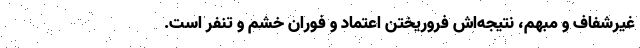
غیرشفاف و مبهم، نتیجه‌اش فروریختن اعتماد و فوران خشم و تنفر است.